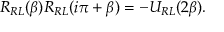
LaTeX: R _ { R L } ( \beta ) R _ { R L } ( i \pi + \beta ) = - U _ { R L } ( 2 \beta ) .